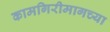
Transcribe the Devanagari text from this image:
कामगिरीमागच्या